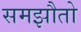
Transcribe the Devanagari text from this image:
समझौतो